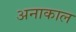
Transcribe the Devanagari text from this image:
अनाकाल